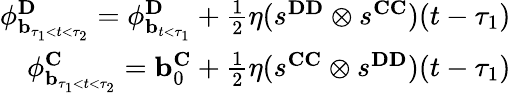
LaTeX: \begin{array}{r}{\mathbf{\phi}_{\mathbf{b}_{\tau_{1}<t<\tau_{2}}}^{\mathbf{D}}=\mathbf{\phi}_{\mathbf{b}_{t<\tau_{1}}}^{\mathbf{D}}+\frac{1}{2}\eta(s^{\mathbf{DD}}\otimes s^{\mathbf{CC}})(t-\tau_{1})}\\ {\mathbf{\phi}_{\mathbf{b}_{\tau_{1}<t<\tau_{2}}}^{\mathbf{C}}=\mathbf{b}_{0}^{\mathbf{C}}+\frac{1}{2}\eta(s^{\mathbf{CC}}\otimes s^{\mathbf{DD}})(t-\tau_{1})}\end{array}